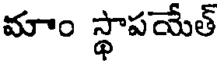
మాం స్థాపయేత్